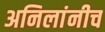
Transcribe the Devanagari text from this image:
अनिलांनीच